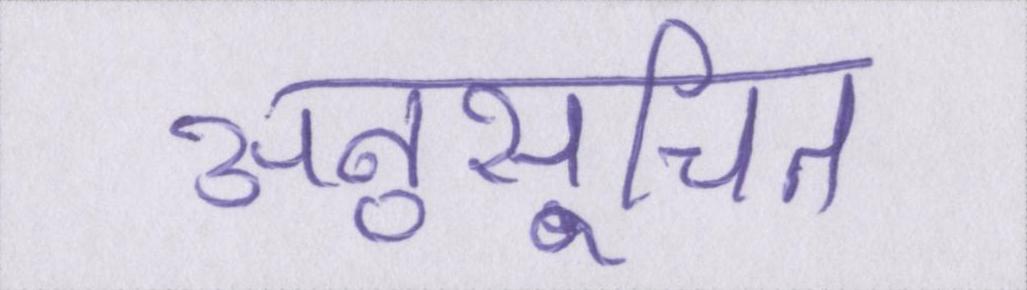
अनुसूचित